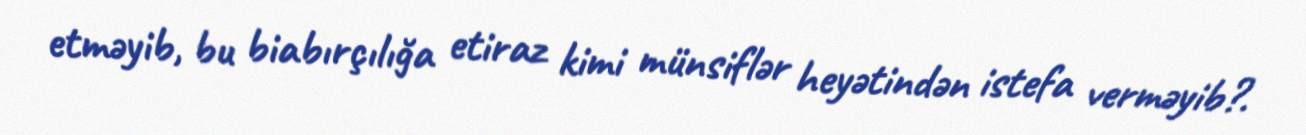
etməyib, bu biabırçılığa etiraz kimi münsiflər heyətindən istefa verməyib?.